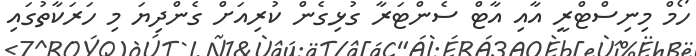
ހޯމް މިނިސްޓްރީ އާއި އާޓް ސެންޓަރާ ގުޅިގެން ކުރިއަށް ގެންދިޔަ މި ހަރަކާތުގައި